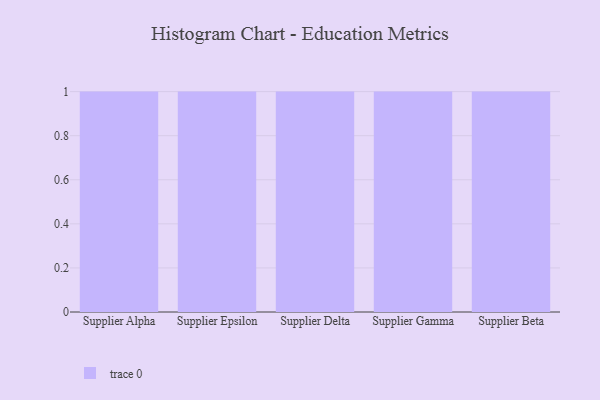
{"axis": {"x": "Supplier", "y": "Operating Costs (USD K)"}, "legend": [""], "data": [{"x": "Supplier Alpha", "y": 89, "type": ""}, {"x": "Supplier Epsilon", "y": 67, "type": ""}, {"x": "Supplier Delta", "y": 35, "type": ""}, {"x": "Supplier Gamma", "y": 61, "type": ""}, {"x": "Supplier Beta", "y": 83, "type": ""}]}